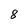
Character: 8